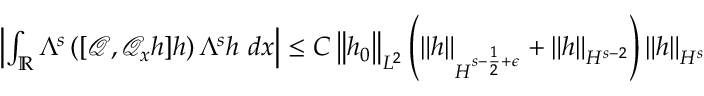
\begin{array} { r } { \left| \int _ { \mathbb R } \Lambda ^ { s } \left( [ \mathscr { Q } , \mathscr { Q } _ { x } h ] h \right) \Lambda ^ { s } h \ d x \right| \leq C \left\| h _ { 0 } \right\| _ { L ^ { 2 } } \left( \left\| h \right\| _ { H ^ { s - \frac { 1 } { 2 } + \epsilon } } + \left\| h \right\| _ { H ^ { s - 2 } } \right) \left\| h \right\| _ { H ^ { s } } } \end{array}